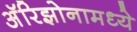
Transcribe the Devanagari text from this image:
अॅरिझोनामध्ये